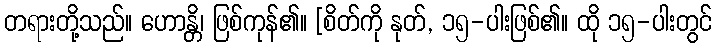
တရားတို့သည်။ ဟောန္တိ၊ ဖြစ်ကုန်၏။ [စိတ်ကို နုတ်, ၁၅-ပါးဖြစ်၏။ ထို ၁၅-ပါးတွင်